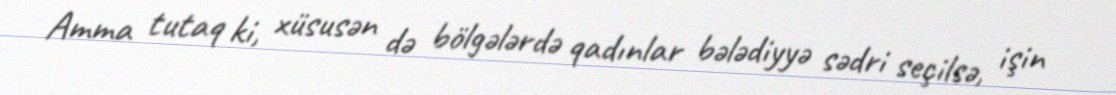
Amma tutaq ki, xüsusən də bölgələrdə qadınlar bələdiyyə sədri seçilsə, işin